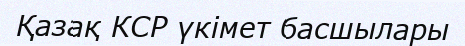
Қазақ КСР үкімет басшылары